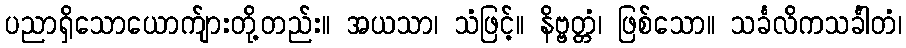
ပညာရှိသောယောက်ျားတို့တည်း။ အယသာ၊ သံဖြင့်။ နိဗ္ဗတ္တံ၊ ဖြစ်သော။ သင်္ခလိကသင်္ခါတံ၊